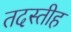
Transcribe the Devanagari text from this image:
तदस्तीह